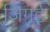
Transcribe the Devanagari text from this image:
ज़िगुई